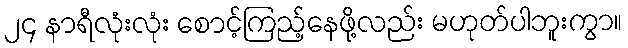
၂၄ နာရီလုံးလုံး စောင့်ကြည့်နေဖို့လည်း မဟုတ်ပါဘူးကွာ။